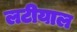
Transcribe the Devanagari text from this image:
लटीयाल